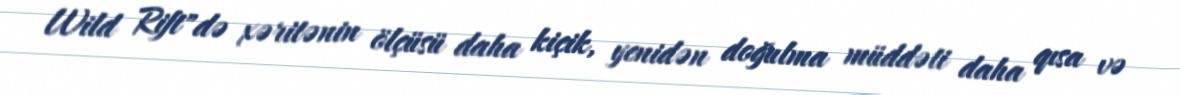
Wild Rift"də xəritənin ölçüsü daha kiçik, yenidən doğulma müddəti daha qısa və